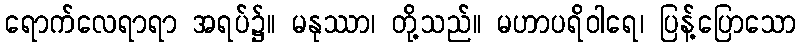
ရောက်လေရာရာ အရပ်၌။ မနုဿာ၊ တို့သည်။ မဟာပရိဝါရေ၊ ပြန့်ပြောသော